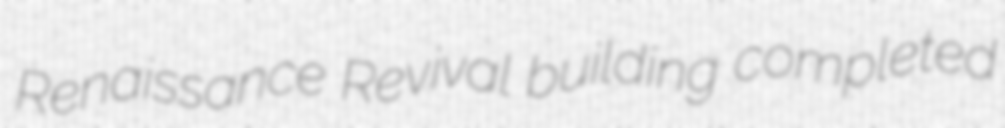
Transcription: Renaissance Revival building completed